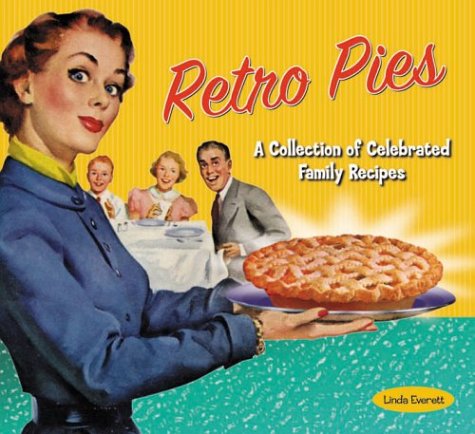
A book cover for Retro Pies: A Collection of Celebrated Family Recipes; Linda Everett; Cookbooks, Food & Wine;